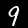
Label: 9